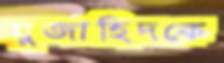
মুজাহিদকে